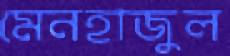
মেনহাজুল